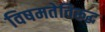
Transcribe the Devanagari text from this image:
विषमतेविरूद्ध